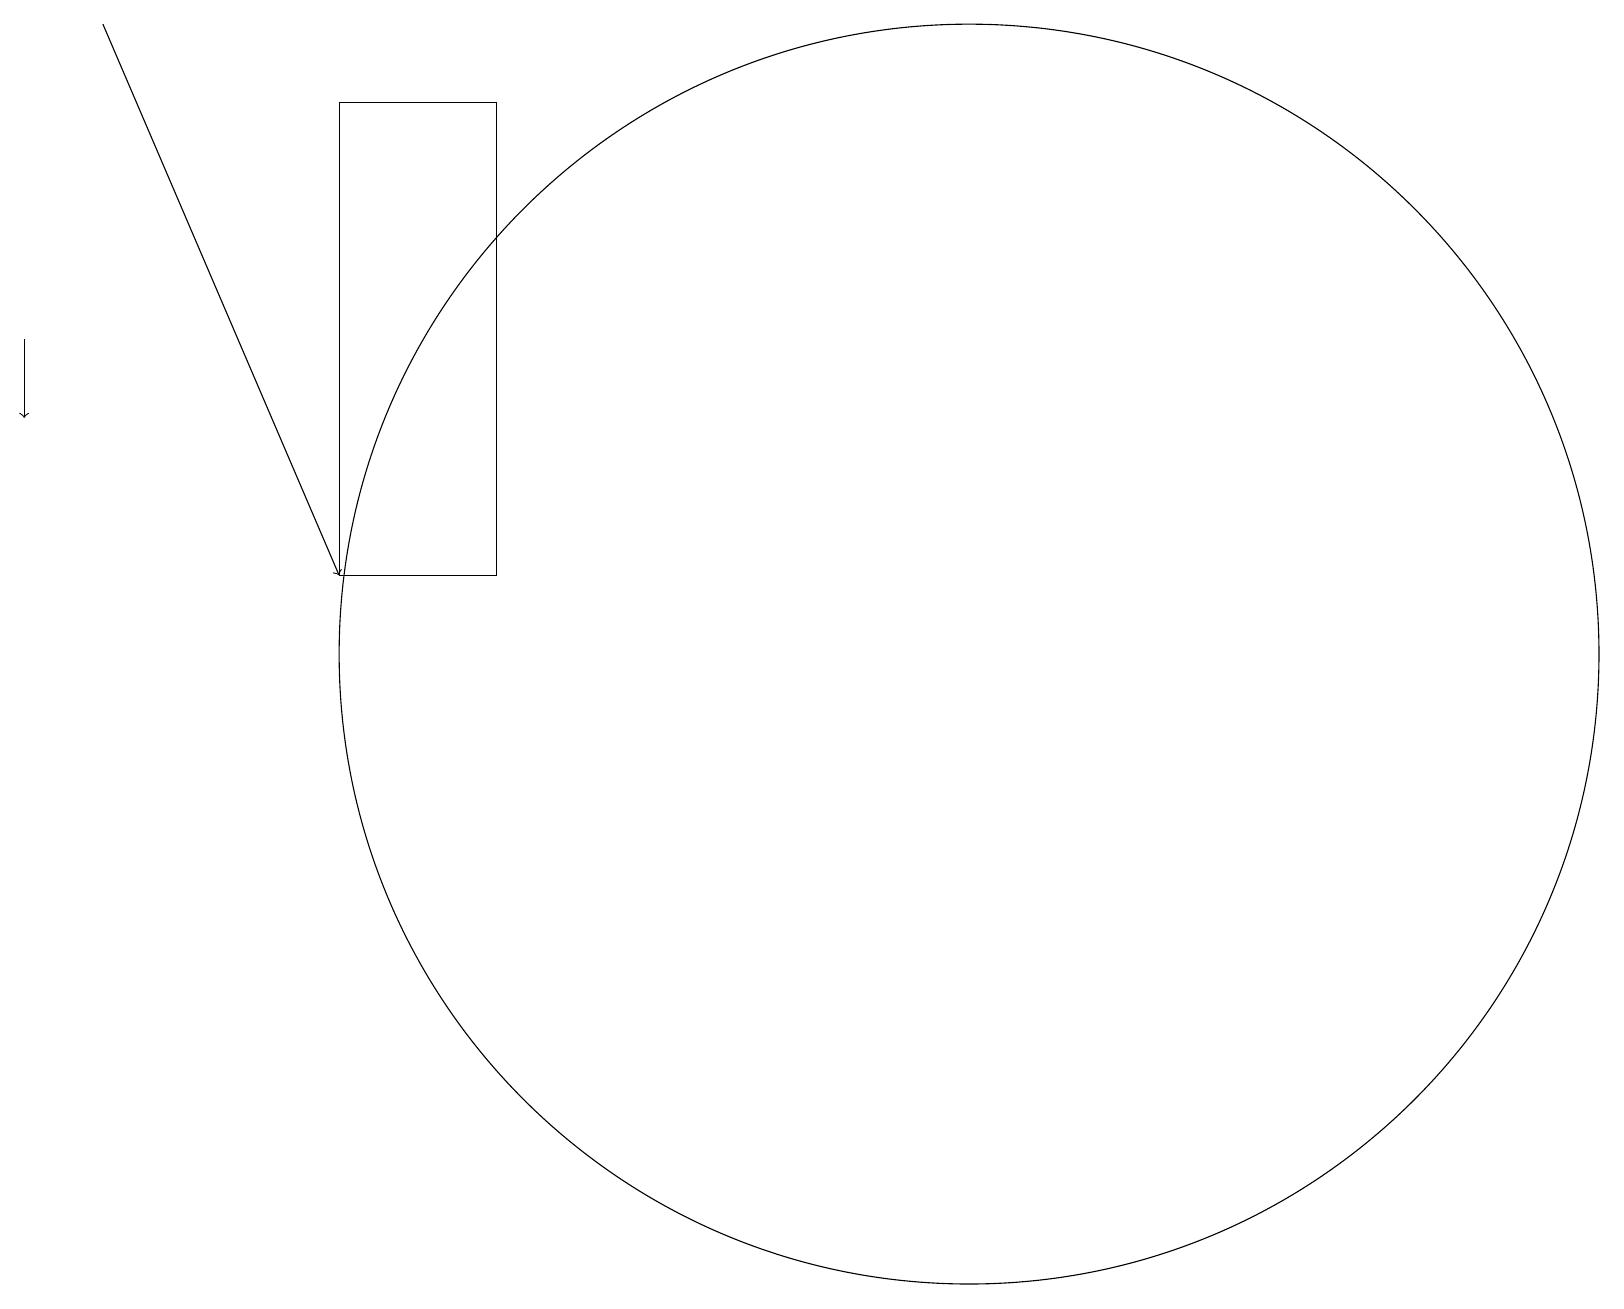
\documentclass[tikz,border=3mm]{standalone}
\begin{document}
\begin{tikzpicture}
\draw[->] (0,14) -- (0,13);
\draw (12,10) circle (8);
\draw[->] (1,18) -- (4,11);
\draw (6,11) rectangle (4,17);
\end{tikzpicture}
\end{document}